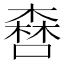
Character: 𠾤